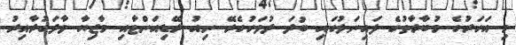
މި އަހަރުގެ މުބާރާތުގެ ފައިނަލުގައި ބުދަ ދުވަހުގެރޭ ނިއު ރޭޑިއަންޓާއި މާޒިޔާ ވާދަކުރާއިރު